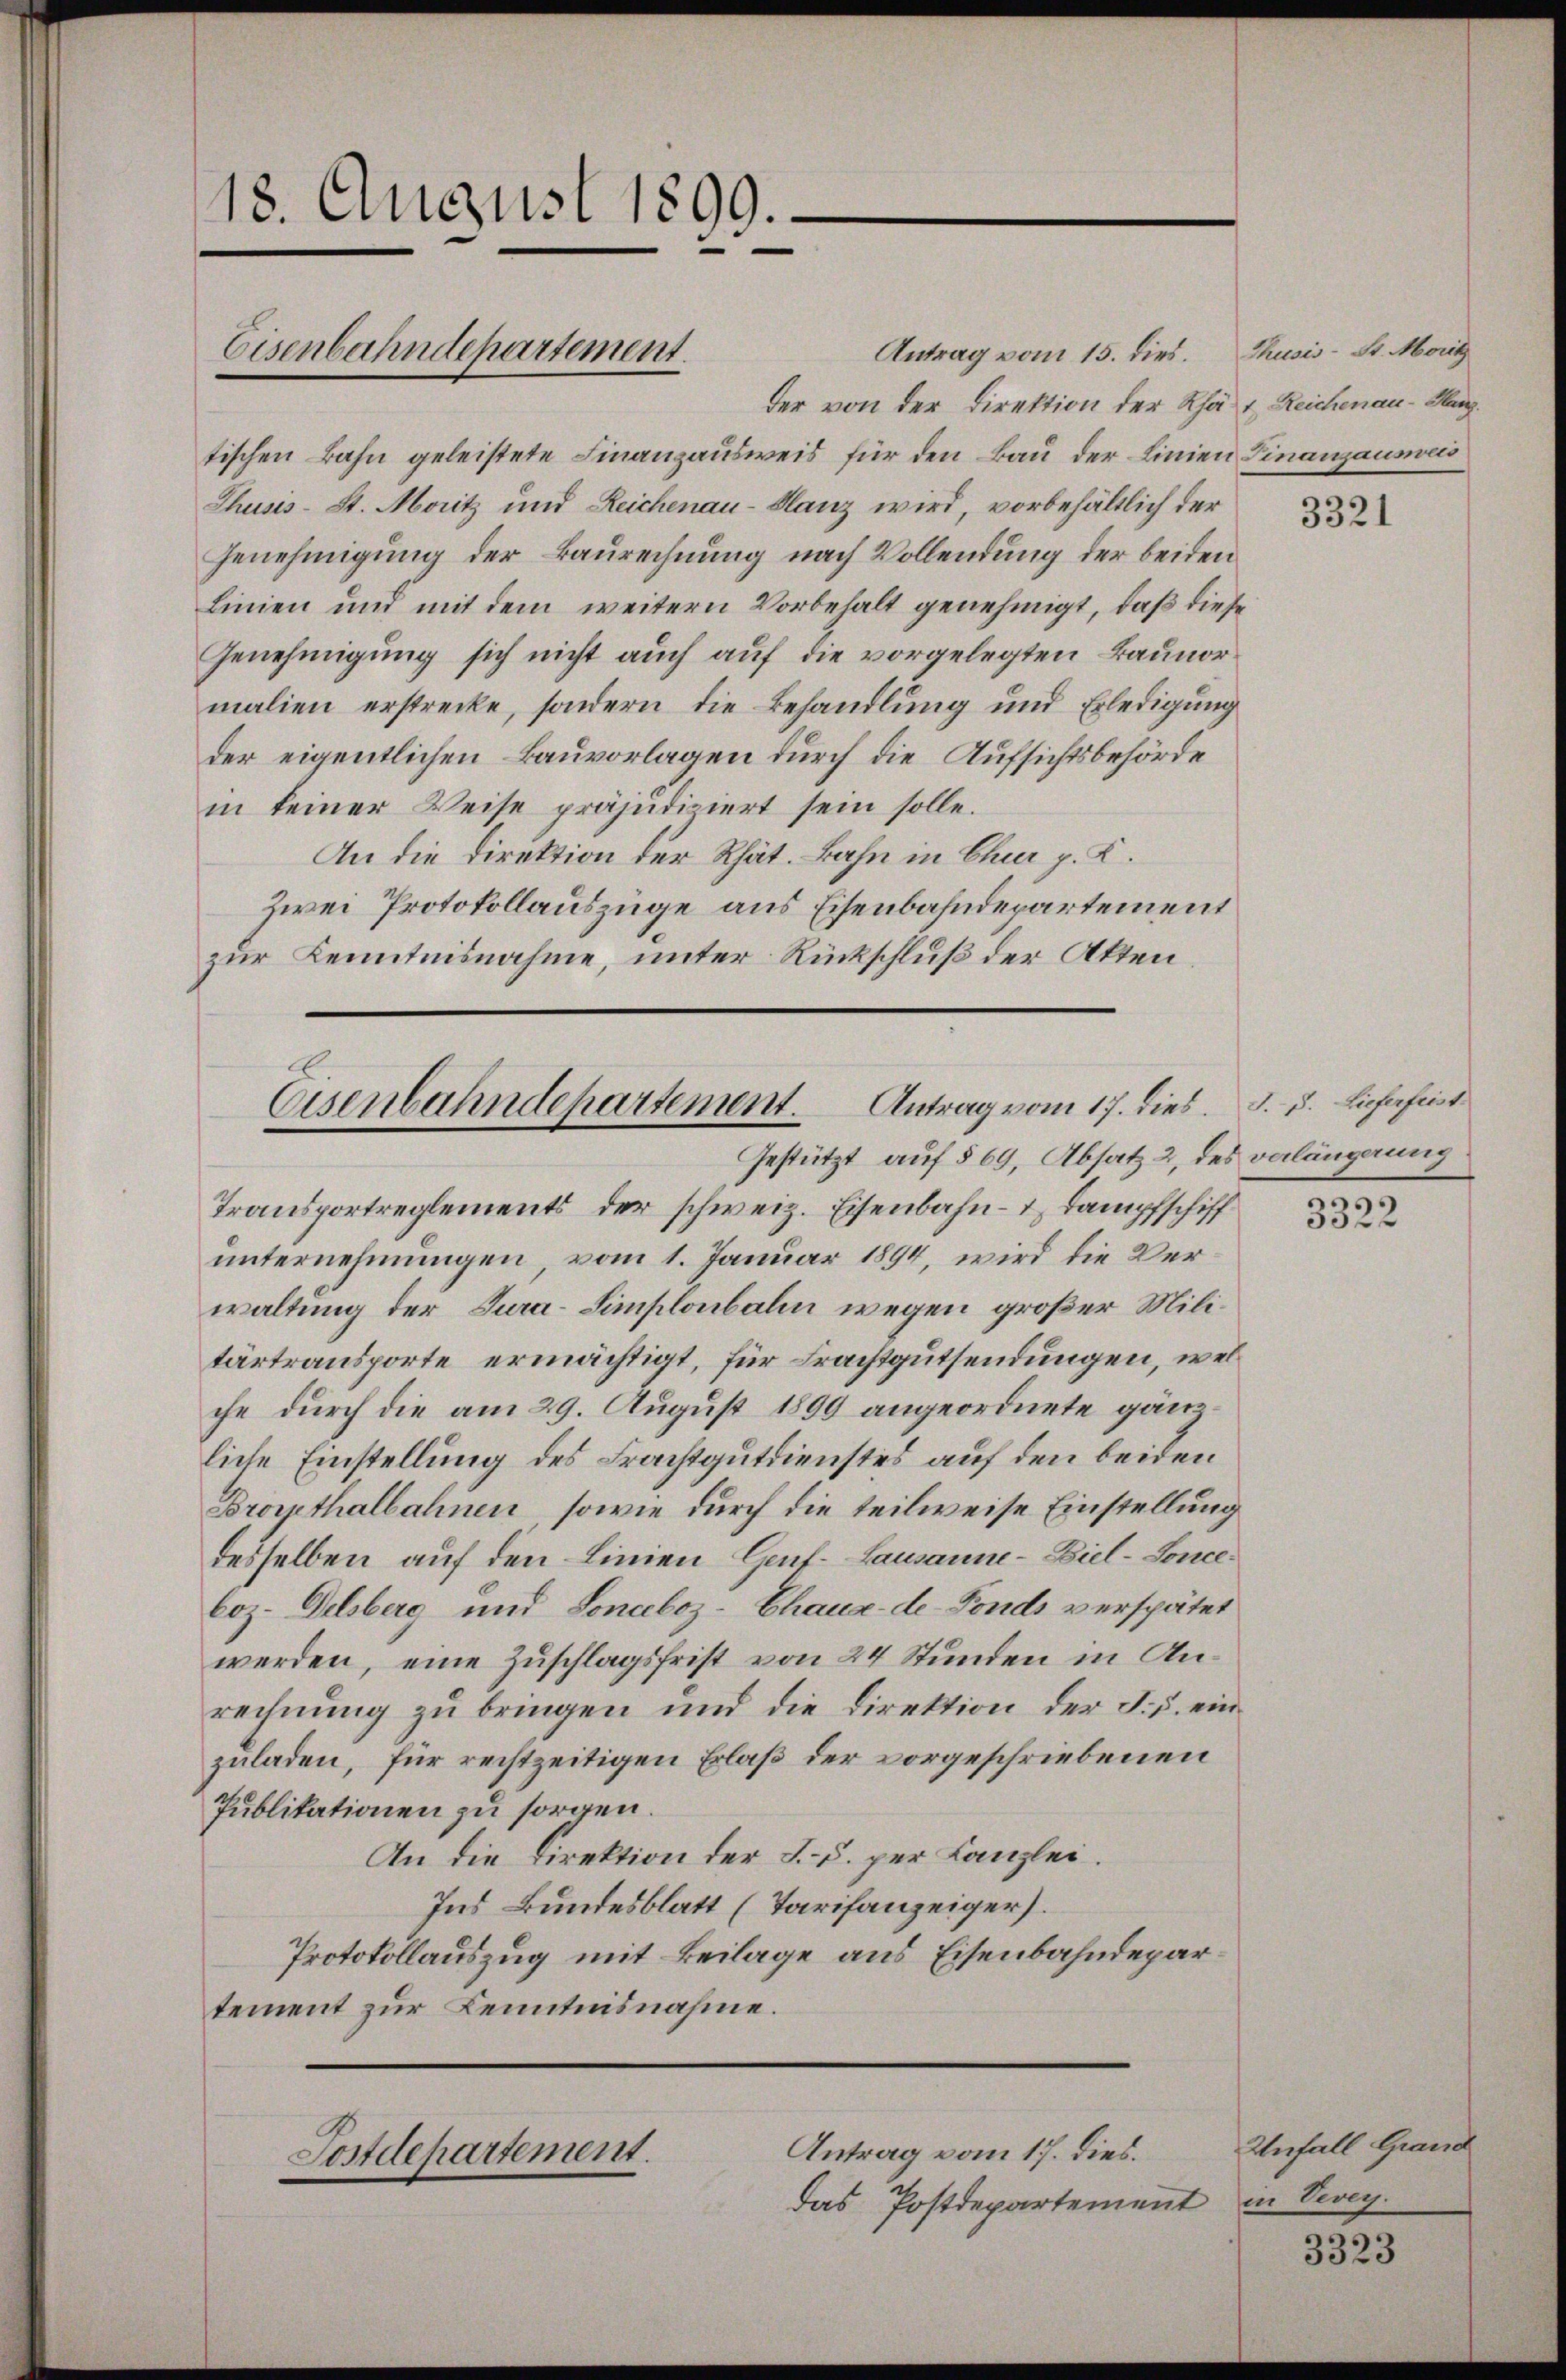
18. August 1899.
“
n

Eisenbahndepartement.

Eisenbahndepartement. Antrag vom 17. dies. d. d. Lieferfrist
Gestützt auf § 69, Absatz 2, des valängerung

Transportreglements der schweiz. Eisenbahn- & Dampfschiff
unternehmungen, vom 1. Januar 1894, wird die Verwaltung der Tura-Simploubalen wegen großer Militärtransporte ermächtigt, für Frachtgutsendungen, welche durch die am 29. August 1890 angeordnete gänzliche Einstellung des Frachtgutdienstes auf den beiden
Brorpthalbahnen, sowie durch die teilweise Einstellung
desselben auf den Linien Geif- Lausanne-Diel-Sonce
boz. Delsberg und Lonceboz-Chaux-de-Fonds verspätet
werden, eine Zuschlagsfrist von 24 Stunden in Anrechnung zu bringen und die Direktion der F. u. einzuladen, für rechtzeitigen Erlaß der vorgeschriebenen
Publikationen zu sorgen.
An die Direktion der F. u. per Kanzlei.
Ins Bundesblatt (Tarifanzeiger.
Protokollauszug mit Beilage aus Eisenbahndepartement zur Kenntnisnahme.

Antrag vom 15. dies. Thusis-St. Moritz
der von der Direktion der Rhät Reichenau-Hanz.
tischen Bahn geleistete Finanzausweis für den Bau der Linien Finanzausweis
Thusis-St. Moritz und Reichenau-Hanz wird, vorbehältlich der
Genehmigung der Baurechnung nach Vollendung der beiden
Linien und mit dem weitern Vorbehalt genehmigt, daß diese
Genehmigung sich nicht auch auf die vorgelegten Baunormalien erstrecke, sondern die Behandlung und Erledigung
der eigentlichen Bauvorlagen durch die Aufsichtsbehörde
in keiner Weise präjudiziert sein solle.
An die Direktion der Rhät. Bahn in Chur p. K.
Zwei Protokollauszüge aus Eisenbahndepartement
zur Kenntnisnahme, unter Rückschluß der Akten.

Antrag vom 17. dies.
Postdepartement.

das Postdepartement in Vevey.

3321

3322

Unfall Grand

3323